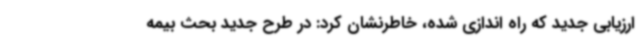
ارزیابی جدید که راه اندازی شده، خاطرنشان کرد: در طرح جدید بحث بیمه